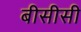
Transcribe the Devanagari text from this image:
बीसीसी